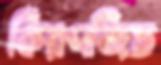
কিরণজিত